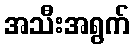
အသီးအရွက်